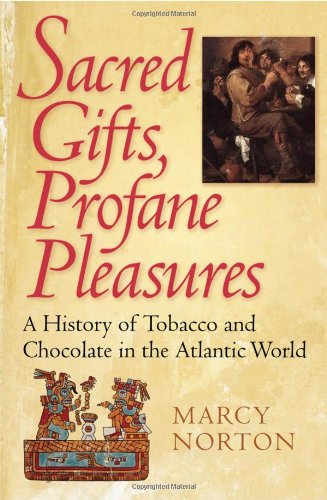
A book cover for Sacred Gifts, Profane Pleasures: A History of Tobacco and Chocolate in the Atlantic World; Marcy Norton; Cookbooks, Food & Wine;